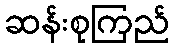
ဆန်းစုကြည်